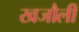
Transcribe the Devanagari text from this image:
खजौली